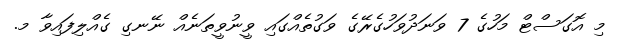
މި އޮގަސްޓް މަހުގެ 7 ވަނަދުވަހުގެރޭގެ ވަގުތެއްގައި ވީނުވީތަނެއް ނޭނގި ގެއްލިފައިވާ މ.